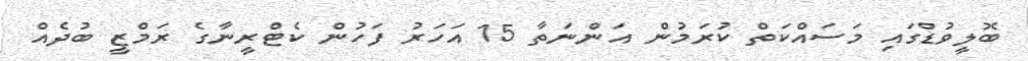
ބޮލީވުޑްގައި މަސައްކަތް ކުރަމުން އަންނަތާ 15 އަހަރު ފަހުން ކެޓްރީނާގެ ރަމްޒީ ބުދެއް